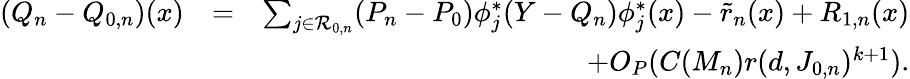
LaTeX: \begin{array}{rlr}{(Q_{n}-Q_{0,n})(x)}&{=}&{\sum_{j\in{\cal R}_{0,n}}(P_{n}-P_{0})\phi_{j}^{*}(Y-{Q_{n}})\phi_{j}^{*}(x)-\tilde{r}_{n}(x)+R_{1,n}(x)}\\ &{}&{+O_{P}(C(M_{n})r(d,J_{0,n})^{k+1}).}\end{array}